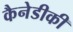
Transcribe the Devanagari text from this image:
कैनेडीकी